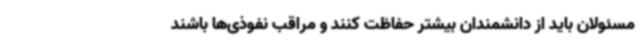
مسئولان باید از دانشمندان بیشتر حفاظت کنند و مراقب نفوذی‌ها باشند